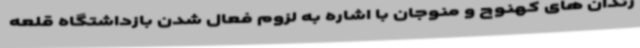
زندان های کهنوج و منوجان با اشاره به لزوم فعال شدن بازداشتگاه قلعه